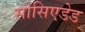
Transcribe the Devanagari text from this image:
सोसिएडेड